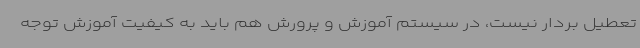
تعطیل بردار نیست، در سیستم آموزش و پرورش هم باید به کیفیت آموزش توجه